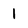
Character: 1